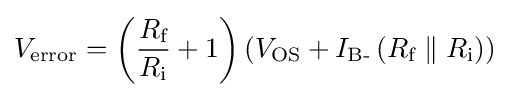
V_{\text{error}}=\left({\frac {R_{\text{f}}}{R_{\text{i}}}}+1\right)\left(V_{\text{OS}}+I_{\text{B-}}\left(R_{\text{f}}\parallel R_{\text{i}}\right)\right)